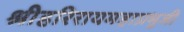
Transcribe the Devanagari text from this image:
श्रीहरिरायमहाप्रभुजी